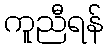
ကူညီရန်